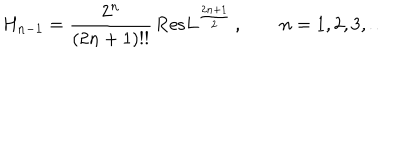
H _ { n - 1 } = \frac { 2 ^ { n } } { ( 2 n + 1 ) ! ! } \, \mathrm { R e s } L ^ { \frac { 2 n + 1 } { 2 } } \, , \qquad n = 1 , 2 , 3 , \dots